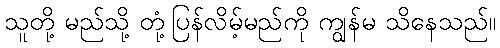
သူတို့ မည်သို့ တုံ့ပြန်လိမ့်မည်ကို ကျွန်မ သိနေသည်။